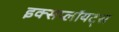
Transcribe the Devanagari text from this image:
इक्सप्लॉयट्स